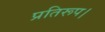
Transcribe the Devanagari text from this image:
प्रतिरूप।